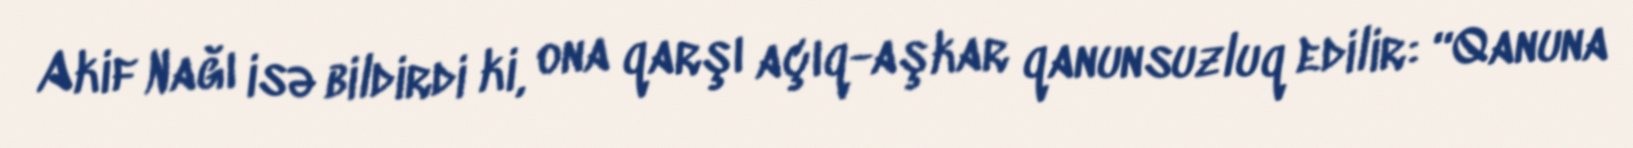
Akif Nağı isə bildirdi ki, ona qarşı açıq-aşkar qanunsuzluq edilir: “Qanuna